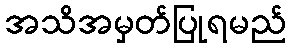
အသိအမှတ်ပြုရမည်